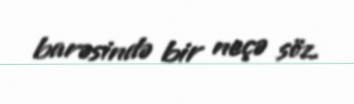
barəsində bir neçə söz.